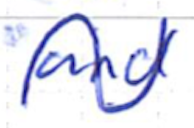
Text: and
Cross-out: wave
Writing tool: ballpoint